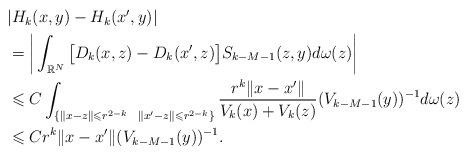
LaTeX: \begin{align*} \begin{aligned} &|H_k(x,y)-H_k(x',y)|\\ &= \bigg|\int_{\Bbb R^N} \big[D_k(x,z)-D_k(x',z)\big]S_{k-M-1}(z,y)d\omega(z)\bigg| \\ &\leqslant C \int_{\{\|x-z\|\leqslant r^{2-k}\ \ \|x'-z\|\leqslant r^{2-k}\}}\frac{r^k\|x-x'\|}{V_k(x)+V_k(z)}(V_{k-M-1}(y))^{-1}d\omega(z) \\ &\leqslant Cr^k\|x-x'\|(V_{k-M-1}(y))^{-1}. \end{aligned} \end{align*}